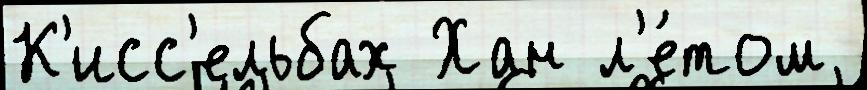
К'исс'ельбах Хан л'е́том